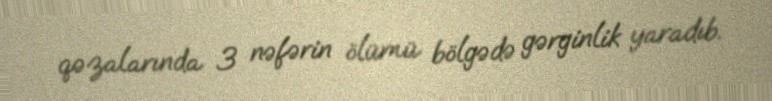
qəzalarında 3 nəfərin ölümü bölgədə gərginlik yaradıb.